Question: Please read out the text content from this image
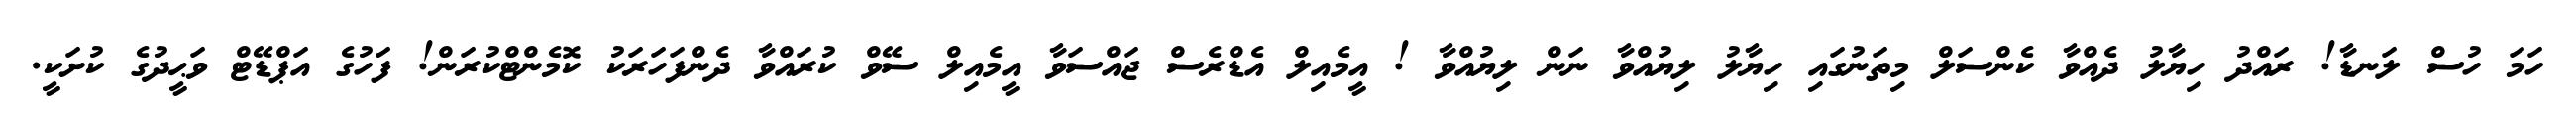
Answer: ހަމަ ހުސް ލަނޑާ! ރައްދު ހިޔާލު ދެއްވާ ކެންސަލް މިތަނުގައި ހިޔާލު ލިޔުއްވާ ނަން ލިޔުއްވާ ! އީމެއިލް އެޑްރެސް ޖައްސަވާ އީމެއިލް ސޭވް ކުރައްވާ ދެންފަހަރަކު ކޮމެންޓްކުރަން! ފަހުގެ އަޕްޑޭޓް ވަޙީދުގެ ކުށަކީ.